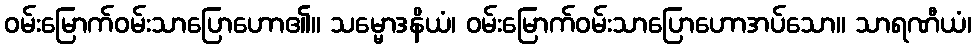
ဝမ်းမြောက်ဝမ်းသာပြောဟော၏။ သမ္မောဒနိယံ၊ ဝမ်းမြောက်ဝမ်းသာပြောဟောအပ်သော။ သာရဏီယံ၊